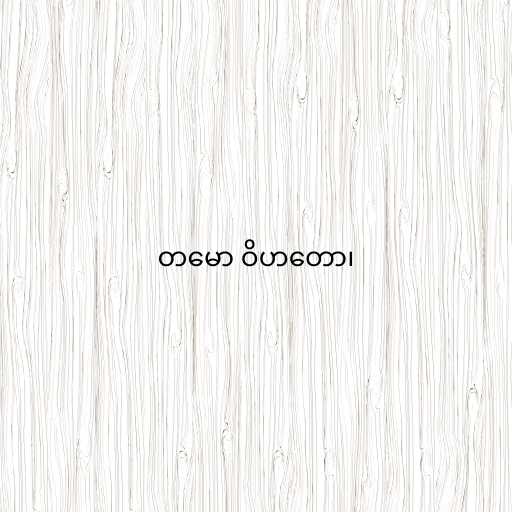
တမော ဝိဟတော၊